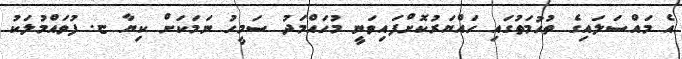
އެ މައްސަލައިގެ ތުހުމަތުގައި ހައްޔަރުކޮށްފައިވަނީ މުހައްމަދު ސަމީހު ނަމަކަށް ކިޔާ ޏ. ފުވައްމުލަކު